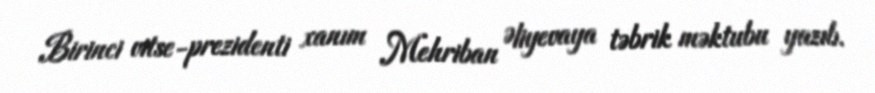
Birinci vitse-prezidenti xanım Mehriban Əliyevaya təbrik məktubu yazıb.